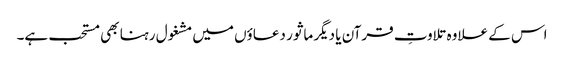
اس کے علاوہ تلاوتِ قرآن یا دیگر ماثور دعاؤں میں مشغول رہنا بھی مستحب ہے۔